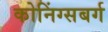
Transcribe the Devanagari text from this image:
कोनिंग्सबर्ग